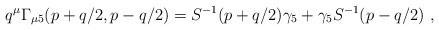
\begin{align*}q^\mu \Gamma_{\mu 5} (p+q/2, p-q/2) =S^{-1}(p+q/2)\gamma_5 +\gamma_5S^{-1}(p-q/2)\ ,\end{align*}